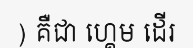
) គឺជា ហ្គេម ដើរ